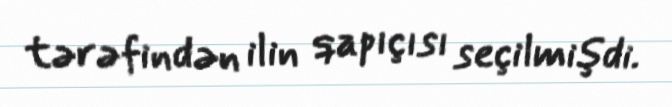
tərəfindən ilin qapıçısı seçilmişdi.